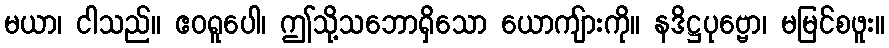
မယာ၊ ငါသည်။ ဧဝရူပေါ၊ ဤသို့သဘောရှိသော ယောကျ်ားကို။ နဒိဋ္ဌပုဗ္ဗော၊ မမြင်စဖူး။